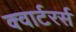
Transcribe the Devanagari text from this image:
क्वार्टरर्स